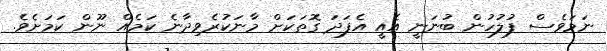
ނަމަވެސް ފުލުހުން ބުނަނީ އެއީ އެފަދަ ގޮތަކަށް މާނަކުރެވިދާނެ ކަމެއް ނޫން ކަމަށެވެ.